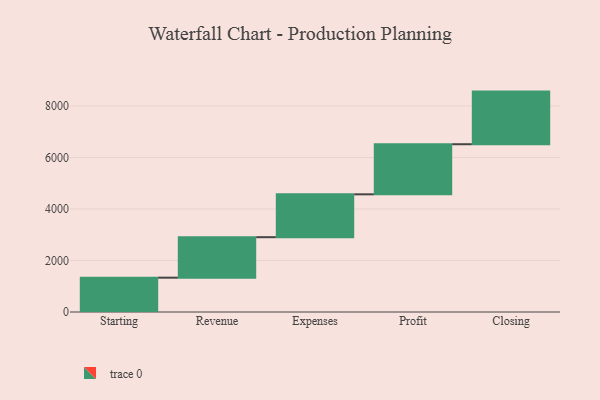
{"axis": {"x": "Step", "y": "Value"}, "legend": [""], "data": [{"x": "Starting", "y": 1333.0, "type": ""}, {"x": "Revenue", "y": 1572.0, "type": ""}, {"x": "Expenses", "y": 1665.0, "type": ""}, {"x": "Profit", "y": 1945.0, "type": ""}, {"x": "Closing", "y": 2044.0, "type": ""}]}